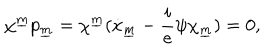
\chi ^ { \underline { { m } } } p _ { \underline { { m } } } = \chi ^ { \underline { { m } } } ( \dot { x } _ { \underline { { m } } } - { \frac { i } { e } } \psi \chi _ { \underline { { m } } } ) = 0 ,